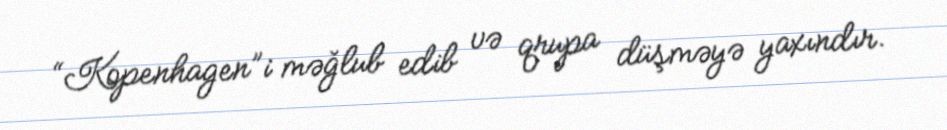
“Kopenhagen”i məğlub edib və qrupa düşməyə yaxındır.